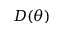
D ( \theta )